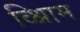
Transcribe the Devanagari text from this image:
व्श्रिाम